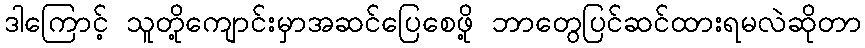
ဒါကြောင့် သူတို့ကျောင်းမှာအဆင်ပြေစေဖို့ ဘာတွေပြင်ဆင်ထားရမလဲဆိုတာ